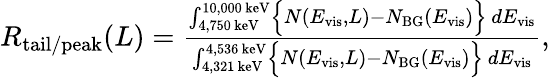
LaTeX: \begin{array}{r}{R_{\mathrm{tail/peak}}(L)=\frac{\int_{4,750~\mathrm{keV}}^{10,000~\mathrm{keV}}\Bigl\{ N(E_{\mathrm{vis}},L)-N_{\mathrm{BG}}(E_{\mathrm{vis}})\Bigr\} ~dE_{\mathrm{vis}}}{\int_{4,321~\mathrm{keV}}^{4,536~\mathrm{keV}}\Bigl\{ N(E_{\mathrm{vis}},L)-N_{\mathrm{BG}}(E_{\mathrm{vis}})\Bigr\} ~dE_{\mathrm{vis}}},}\end{array}